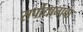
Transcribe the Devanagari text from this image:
सर्पोद्यानाचा